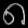
Digit: ၈